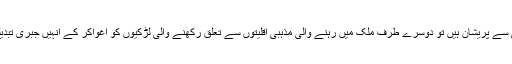
ایک طرف عوام معشیت کی بدحالی سے پریشان ہیں تو دوسرے طرف ملک میں رہنے والی مذہبی اقلیتوں سے تعلق رکھنے والی لڑکیوں کو اغواکر کے انہیں جبری تبدیلی ِ مذہب و نکاح کروایا جارہا ہے۔